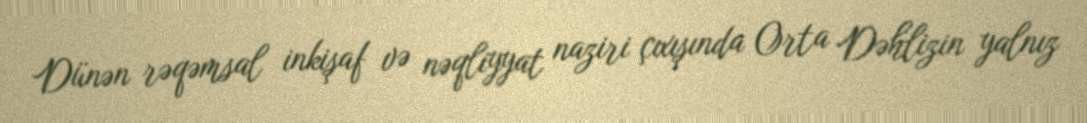
Dünən rəqəmsal inkişaf və nəqliyyat naziri çıxışında Orta Dəhlizin yalnız